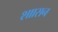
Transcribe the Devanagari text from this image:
शाासन